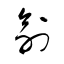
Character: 兪